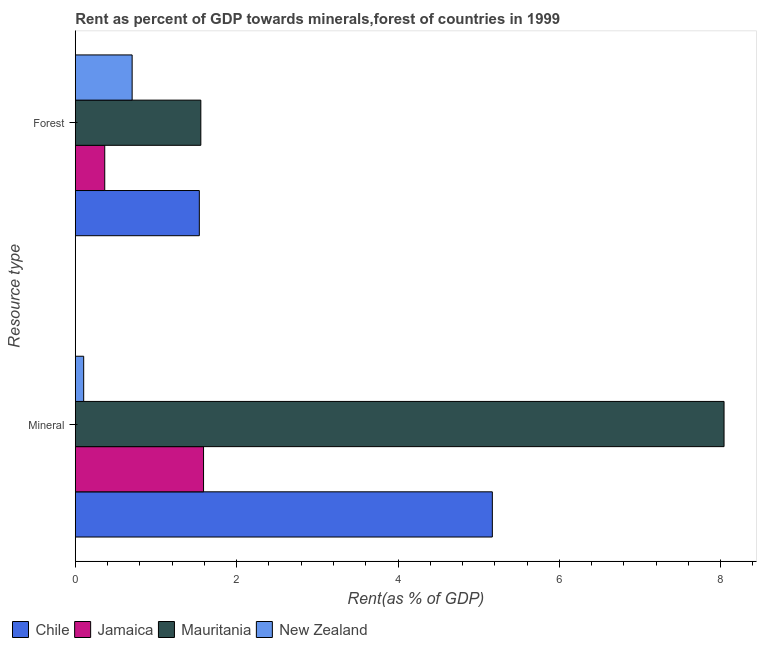
| Resource type | Chile | Jamaica | Mauritania | New Zealand |
 | --- | --- | --- | --- | --- |
 | Mineral | 5.17 | 1.59 | 8.04 | 0.104 |
 | Forest | 1.54 | 0.365 | 1.56 | 0.705 |